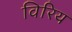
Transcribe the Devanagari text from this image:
विरिय